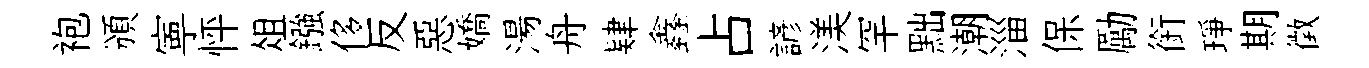
袍頒寕怦俎鏹侈反惡嬌湯舟肄鑫占諺渼罕黜潮淄保勵銜琤期徵